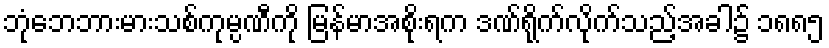
ဘုံဘေဘားမားသစ်ကုမ္ပဏီကို မြန်မာအစိုးရက ဒဏ်ရိုက်လိုက်သည့်အခါ၌ ၁၈၈၅